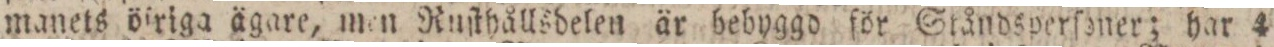
manets öſriga ägare, men Ruſthållsdelen är bebyggd för Ståndsperſoner; har 4